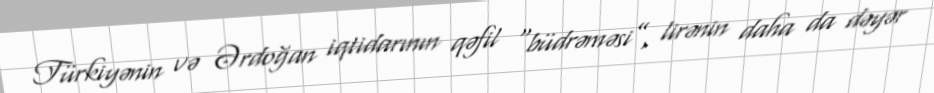
Türkiyənin və Ərdoğan iqtidarının qəfil “büdrəməsi”, lirənin daha da dəyər